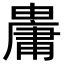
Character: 𤰋